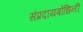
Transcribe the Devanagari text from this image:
संप्रदायबोधिनी